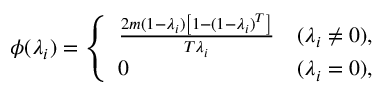
\begin{array} { r } { \phi ( \lambda _ { i } ) = \left\{ \begin{array} { l l } { \frac { 2 m ( 1 - \lambda _ { i } ) \left[ 1 - ( 1 - \lambda _ { i } ) ^ { T } \right] } { T \lambda _ { i } } } & { ( \lambda _ { i } \neq 0 ) , } \\ { 0 } & { ( \lambda _ { i } = 0 ) , } \end{array} \right. } \end{array}